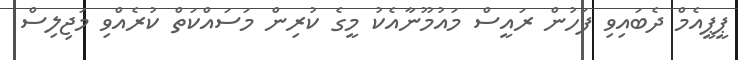
ޕީޕީއެމް ދެބައިވި ފަހުން ރައީސް މައުމޫނާއެކު މީގެ ކުރިން މަސައްކަތް ކުރެއްވި މަޖިލިސް